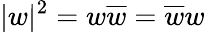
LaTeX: \vert w\vert^{2}=w\overline{{w}}=\overline{{w}}w